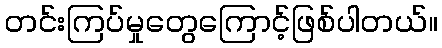
တင်းကြပ်မှုတွေကြောင့်ဖြစ်ပါတယ်။